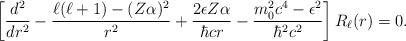
LaTeX: \begin{align*}\left[\frac{d^2}{dr^2}-\frac{\ell(\ell+1)-(Z\alpha)^2}{r^2}+\frac{2\epsilon Z\alpha}{\hbar cr}-\frac{m_0^2c^4-\epsilon^2}{\hbar^2c^2}\right]R_\ell(r)=0.\end{align*}